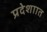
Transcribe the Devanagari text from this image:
प्रदेशाात